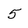
Character: 5